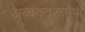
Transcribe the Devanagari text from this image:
अव्यक्तरूपेण